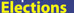
Elections